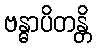
ဗန္ဓာပိတန္တိ